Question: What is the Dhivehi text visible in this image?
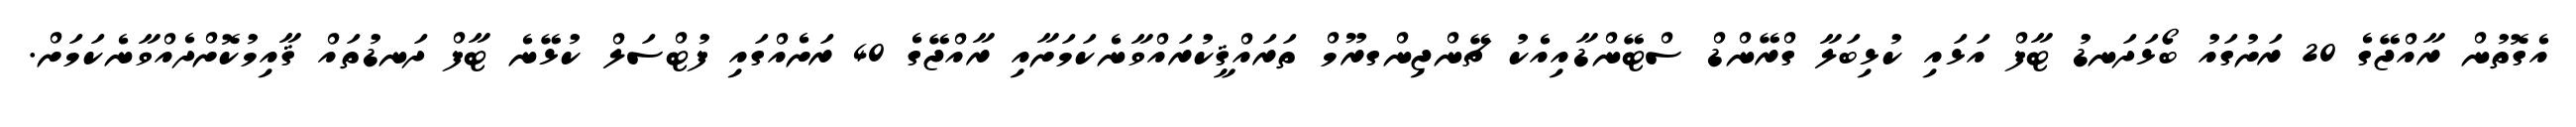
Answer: އެގޮތުން ރާއްޖޭގެ 20 ރަށުގައު ބޯޅަދަނޑު ޓާފް އަޅައި ކުޅިބަލާ ގްރޭންޑް ސްޓޭންޑާއިއެކު ޗޭންޖިންގރޫމް ތަރައްޤީކުރައްވާނެކަމަށާއި ރާއްޖޭގެ 40 ރަށެއްގައި ފުޓްސަލް ކުޅޭނެ ޓާފް ދަނޑުތައް ޤާއިމުކޮށްދެއްވާނެކަމަށް.